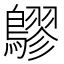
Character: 𪅡